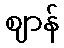
ဈာန်